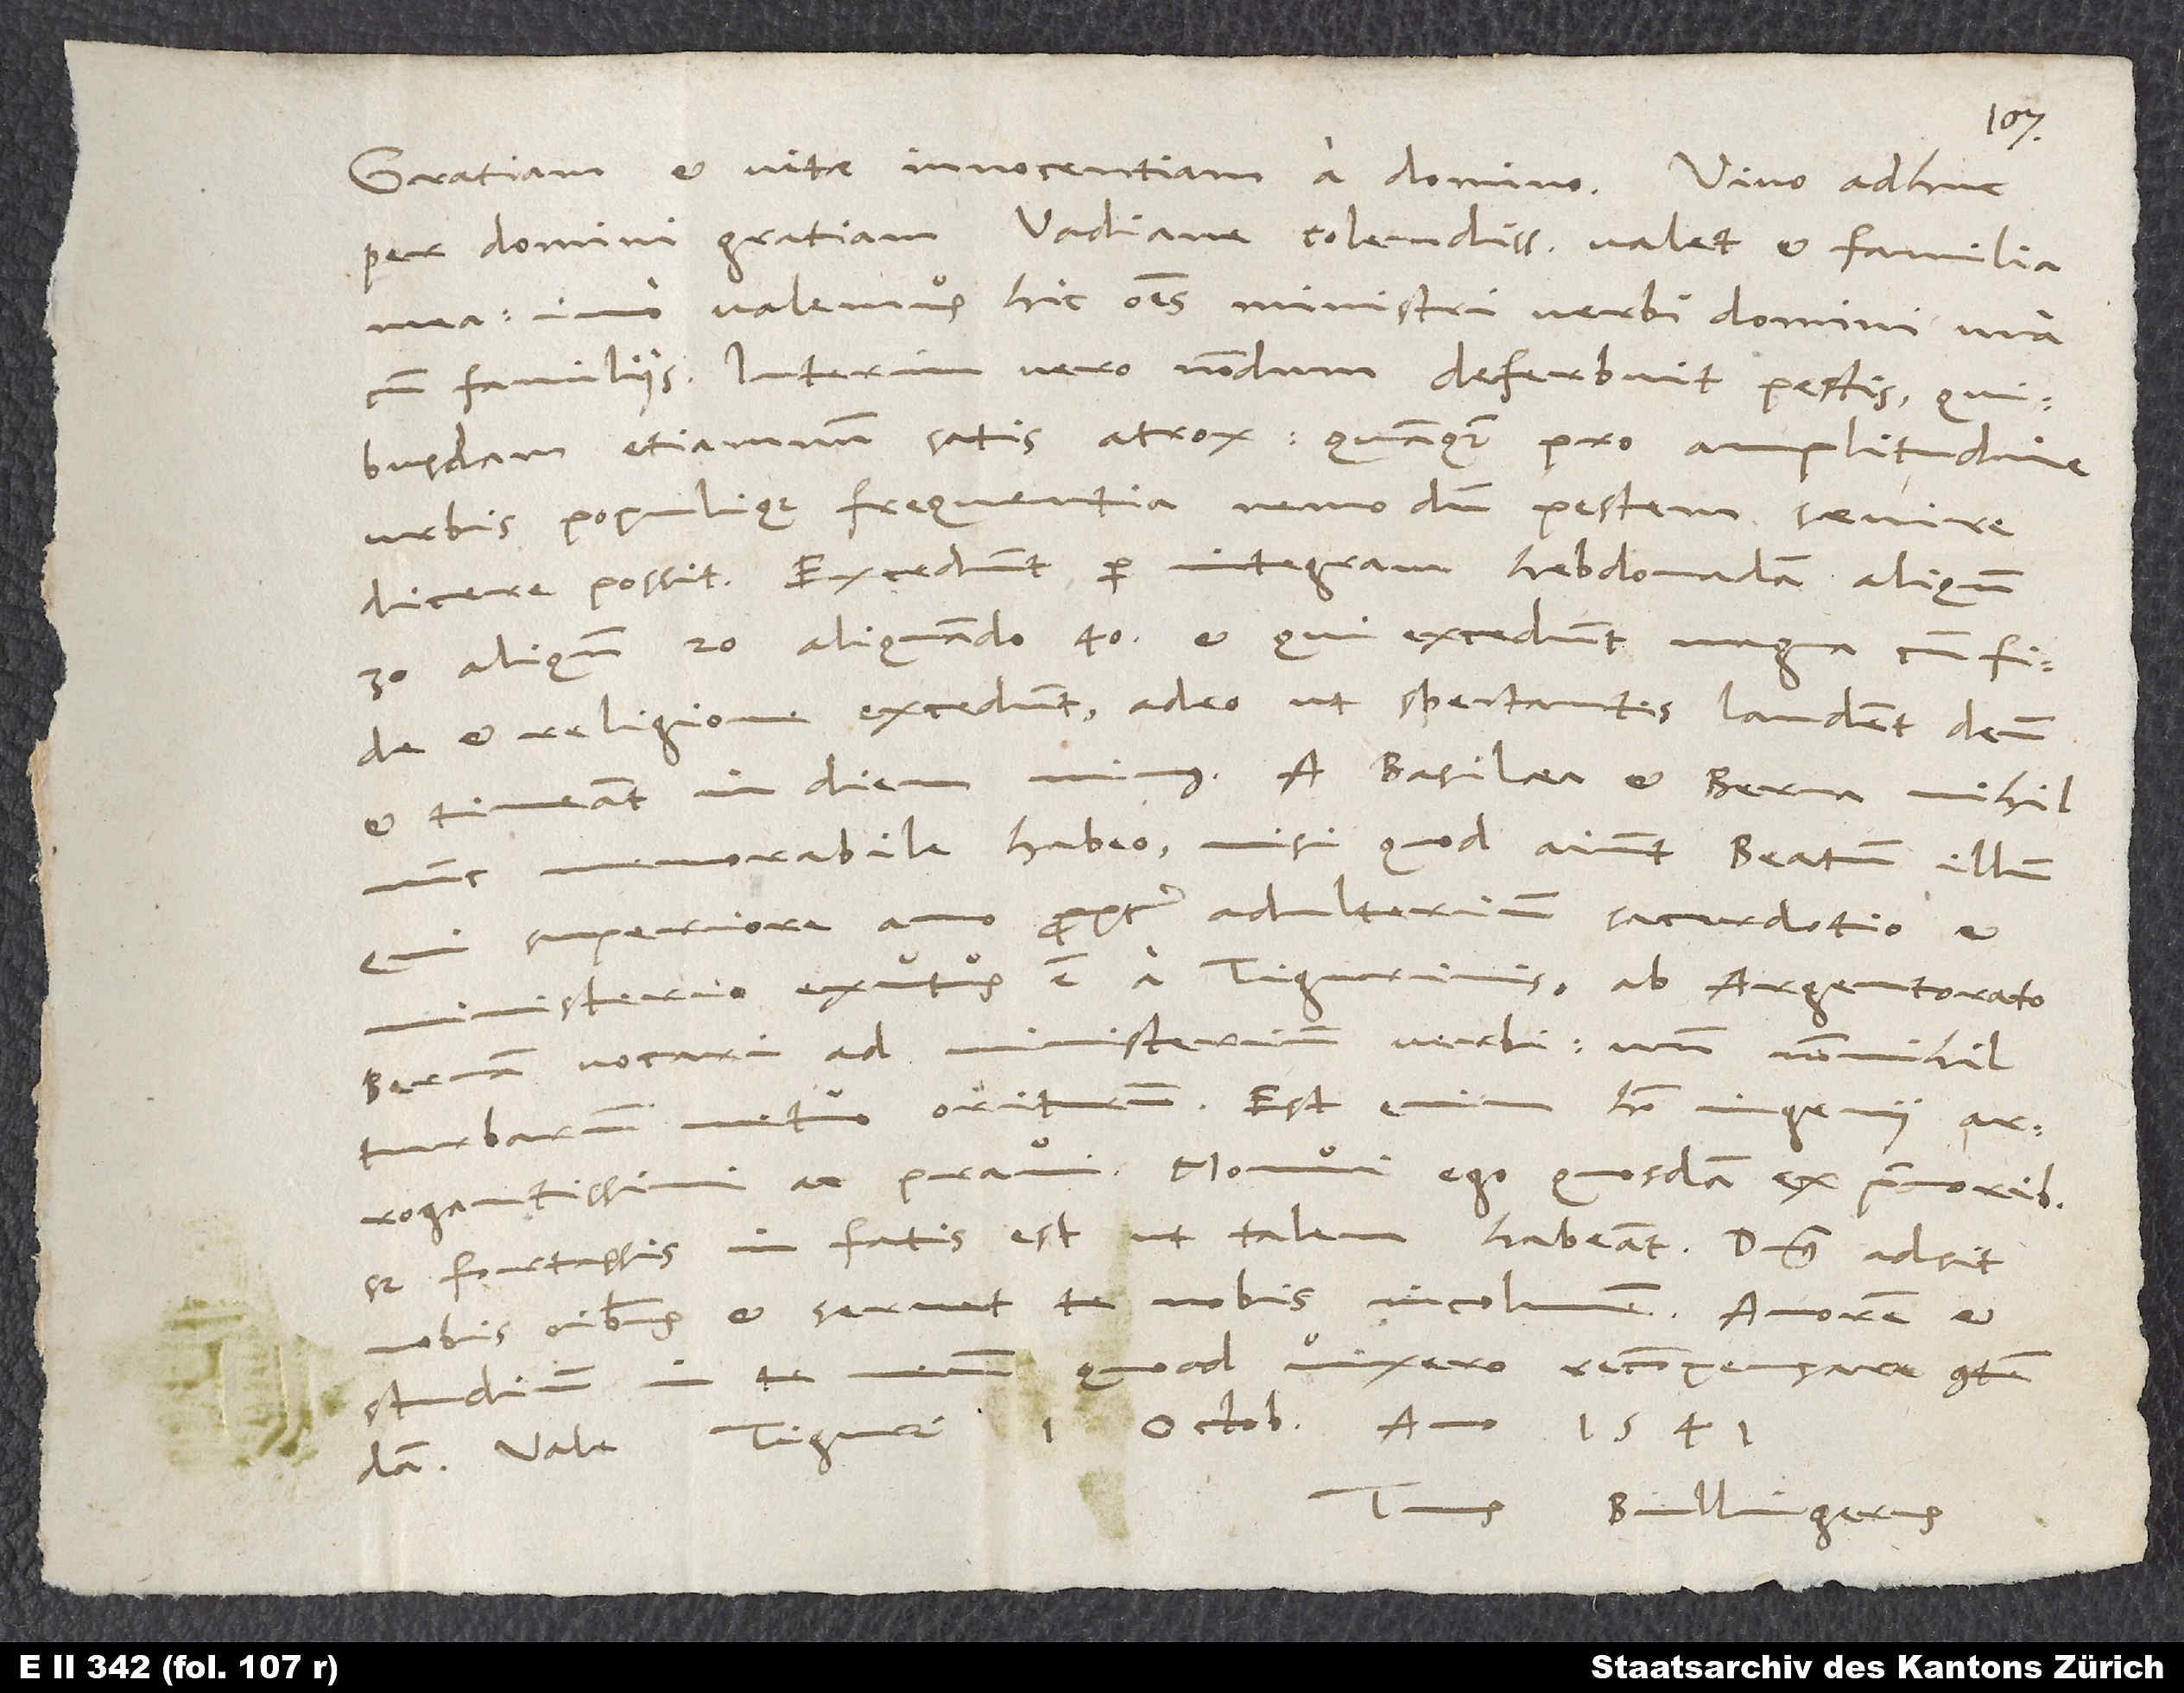
Gratiam et vitae innocentiam a domino. Vivo adhuc
per domini gratiam, Vadiane colendissime, valet et familia
mea, immo valemus hic omnes ministri verbi domini una
cum familiis. Interim vero nondum deferbuit pestis, quibusdam
etiamnum satis atrox; quamquam pro ampli tudine
urbis populique frequentia nemodum pestem saevire
dicere possit. Excedunt per integram hebdomadam aliquando
30, aliquando 20, aliquando 40, et qui excedunt, magna cum fide
et religione excedunt, adeo ut spectantes laudent deum
et timeant in diem minus. A Basilea et Berna nihil
memorabile habeo, nisi quod aiunt Beatum illum,
qui superiore anno propter adulterium sacerdotio et
ministerio exutus est a Tigurinis, ab Argentorato
Bernam vocari ad ministerium verbi, unde nonnihil
turbarum metuo oriturum; est enim homo ingenii
arrogantissimi ac pravi. Monui ego quosdam ex primoribus;
sed fortassis in fatis est, ut talem habeant. Dominus adsit
nobis omnibus et servet te nobis incolumem. Amorem et
studium in te meum, quoad vixero, recompensare contendam.
Vale. Tiguri, 1. Octobris, anno 1541.
Tuus Bullingerus.